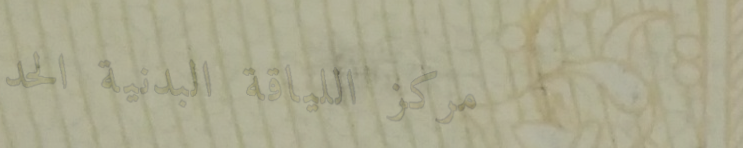
مركز اللياقة البدنية الحد